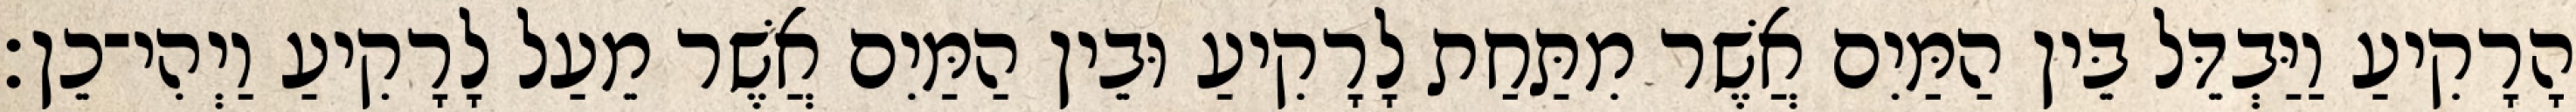
הָרָקִיעַ וַיַּבְדֵּל בֵּין הַמַּיִם אֲשֶׁר מִתַּחַת לָרָקִיעַ וּבֵין הַמַּיִם אֲשֶׁר מֵעַל לָרָקִיעַ וַיְהִי־כֵן׃